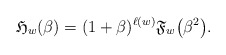
\begin{gather*}\mathfrak{H}_{w}(\beta)=(1+\beta)^{\ell(w)} \mathfrak{F}_{w}\big(\beta^2\big).\end{gather*}